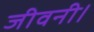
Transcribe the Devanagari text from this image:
जीवनी।